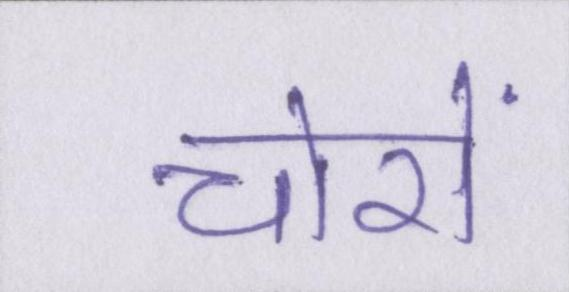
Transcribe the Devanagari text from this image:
चोरों